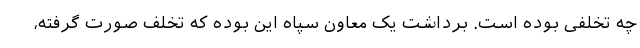
چه تخلفی بوده است. برداشت یک معاون سپاه این بوده که تخلف صورت گرفته،